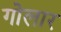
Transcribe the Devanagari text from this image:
गोलार